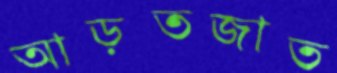
আড়তজাত